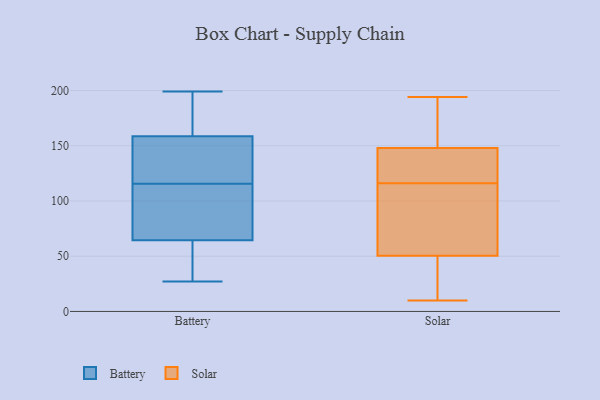
{"axis": {"x": "Tickets Resolved", "y": "Value"}, "legend": ["Battery", "Solar"], "data": [{"x": "", "y": 132, "type": "Battery"}, {"x": "", "y": 198, "type": "Battery"}, {"x": "", "y": 199, "type": "Battery"}, {"x": "", "y": 194, "type": "Battery"}, {"x": "", "y": 76, "type": "Battery"}, {"x": "", "y": 114, "type": "Battery"}, {"x": "", "y": 47, "type": "Battery"}, {"x": "", "y": 105, "type": "Battery"}, {"x": "", "y": 155, "type": "Battery"}, {"x": "", "y": 111, "type": "Battery"}, {"x": "", "y": 64, "type": "Battery"}, {"x": "", "y": 53, "type": "Battery"}, {"x": "", "y": 124, "type": "Battery"}, {"x": "", "y": 155, "type": "Battery"}, {"x": "", "y": 162, "type": "Battery"}, {"x": "", "y": 65, "type": "Battery"}, {"x": "", "y": 61, "type": "Battery"}, {"x": "", "y": 182, "type": "Battery"}, {"x": "", "y": 27, "type": "Battery"}, {"x": "", "y": 117, "type": "Battery"}, {"x": "", "y": 124, "type": "Solar"}, {"x": "", "y": 149, "type": "Solar"}, {"x": "", "y": 39, "type": "Solar"}, {"x": "", "y": 67, "type": "Solar"}, {"x": "", "y": 16, "type": "Solar"}, {"x": "", "y": 12, "type": "Solar"}, {"x": "", "y": 147, "type": "Solar"}, {"x": "", "y": 66, "type": "Solar"}, {"x": "", "y": 169, "type": "Solar"}, {"x": "", "y": 126, "type": "Solar"}, {"x": "", "y": 122, "type": "Solar"}, {"x": "", "y": 188, "type": "Solar"}, {"x": "", "y": 10, "type": "Solar"}, {"x": "", "y": 32, "type": "Solar"}, {"x": "", "y": 110, "type": "Solar"}, {"x": "", "y": 194, "type": "Solar"}, {"x": "", "y": 62, "type": "Solar"}, {"x": "", "y": 87, "type": "Solar"}, {"x": "", "y": 126, "type": "Solar"}, {"x": "", "y": 175, "type": "Solar"}]}